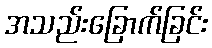
အသည်းခြောက်ခြင်း